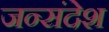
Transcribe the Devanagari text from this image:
जन्संदेश